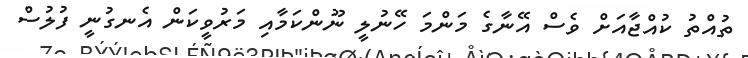
ތުއްތު ކުއްޖާއަށް ވެސް އޭނާގެ މަންމަ ހޭނުލީ ނޫންކަމާއި މަރުވީކަން އެނގުނީ ފުލުސް